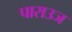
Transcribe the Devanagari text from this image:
पाराउज